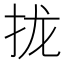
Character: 拢